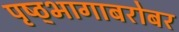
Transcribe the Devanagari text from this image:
पृष्ठ्भागाबरोबर